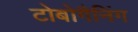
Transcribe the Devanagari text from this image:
टोबोगैनिंग